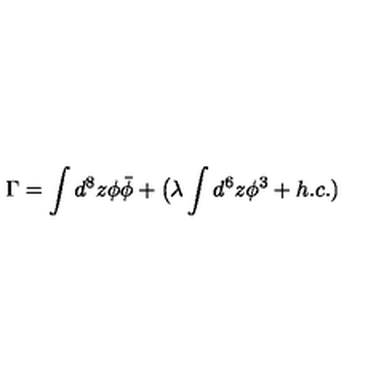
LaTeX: \Gamma = \int d ^ { 8 } z \phi \bar { \phi } + \big ( \lambda \int d ^ { 6 } z { \phi } ^ { 3 } + h . c . )